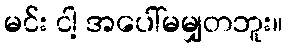
မင်း ငါ့ အပေါ်မမျှတဘူး။